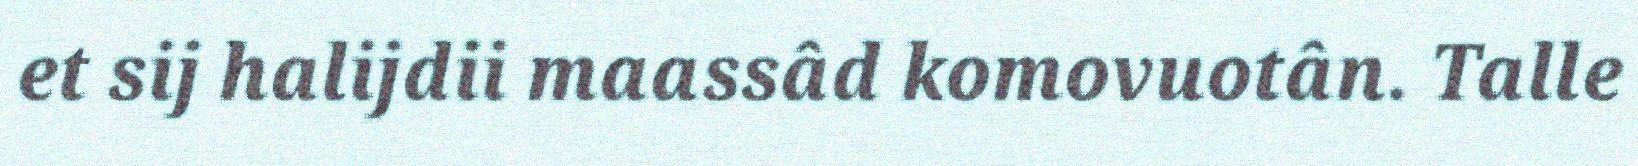
et sij halijdii maassâd komovuotân. Talle